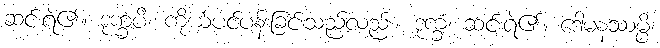
ဆင်းရဲ၏။ ဒုက္ခံပိ၊ ကိုယ်ပင်ပန်းခြင်းသည်လည်း။ ဒုက္ခံ၊ ဆင်းရဲ၏။ ဒေါမနဿမ္ပိ၊